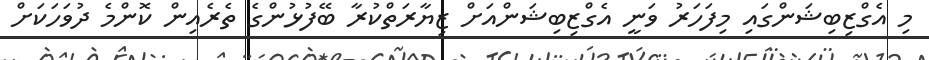
މި އެގްޒިބިޝަންގައި މިފަހަރު ވަނީ އެގްޒިބިޝަންއަށް ޒިޔާރަތްކުރާ ބޭފުޅުންގެ ތެރެއިން ކޮންމެ ދުވަހަކަށް